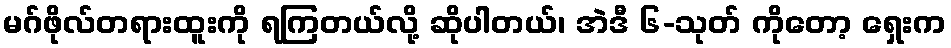
မဂ်ဖိုလ်တရားထူးကို ရကြတယ်လို့ ဆိုပါတယ်၊ အဲဒီ ၆-သုတ် ကိုတော့ ရှေးက